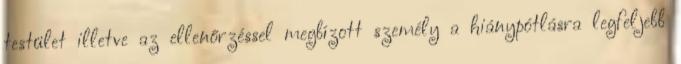
testület illetve az ellenőrzéssel megbízott személy a hiánypótlásra legfeljebb